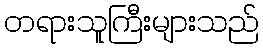
တရားသူကြီးများသည်